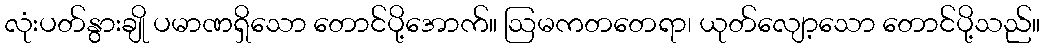
လုံးပတ်နွားချို ပမာဏရှိသော တောင်ပို့အောက်။ ဩမကတတေရာ၊ ယုတ်လျော့သော တောင်ပို့သည်။